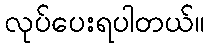
လုပ်ပေးရပါတယ်။